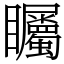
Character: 矚